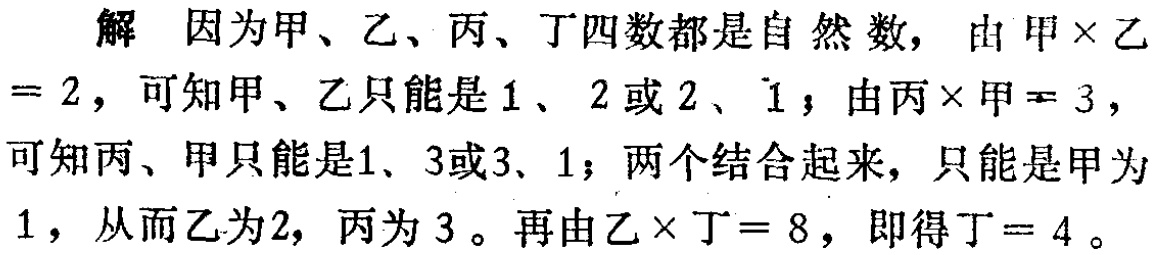
解 因为甲、乙、丙、丁四数都是自然数，由甲$\times$乙$= 2$，可知甲、乙只能是$1$、$2$或$2$、$1$；由丙$\times$甲$ = 3$，可知丙、甲只能是$1$、$3$或$3$、$1$；两个结合起来，只能是甲为$1$，从而乙为$2$，丙为$3$。再由乙$\times$丁$= 8$，即得丁$= 4$。